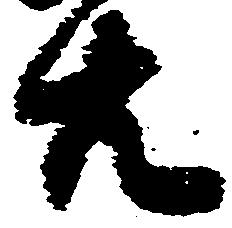
共